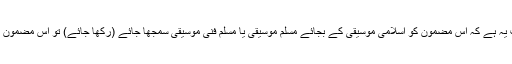
یہاں پر غور کرنے کی بات یہ ہے کہ اس مضمون کو اسلامی موسیقی کے بجائے مسلم موسیقی یا مسلم فنی موسیقی سمجھا جائے (رکھا جائے) تو اس مضمون کو پڑھنے میں آسانی ہوگی۔